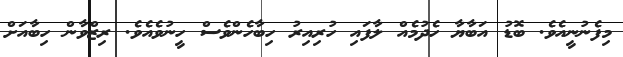
މިފެނުނީއެވެ. ބޮޑު އަބާޔާ ހެދުމެއް ލާފައި ހުރިއިރު ހިބާހެންވެސް ހީނުވެއެވެ. ރިޒްވާން ހިބާއަށް